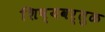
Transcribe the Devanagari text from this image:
शिष्यवर्तुळ